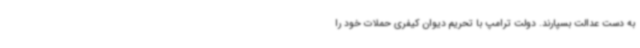
به دست عدالت بسپارند. دولت ترامپ با تحریم دیوان کیفری حملات خود را